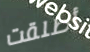
أطلقت